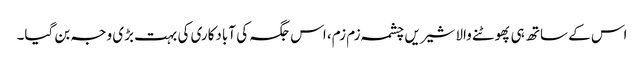
اس کے ساتھ ہی پھوٹنے والا شیریں چشمہ زم زم، اس جگہ کی آبادکاری کی بہت بڑی وجہ بن گیا۔